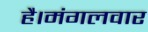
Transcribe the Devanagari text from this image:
है।मंगलवार